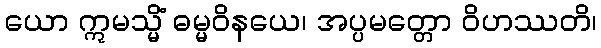
ယော ဣမသ္မိံ ဓမ္မဝိနယေ၊ အပ္ပမတ္တော ဝိဟဿတိ၊